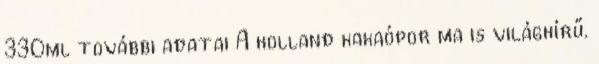
330ml további adatai A holland kakaópor ma is világhírű.